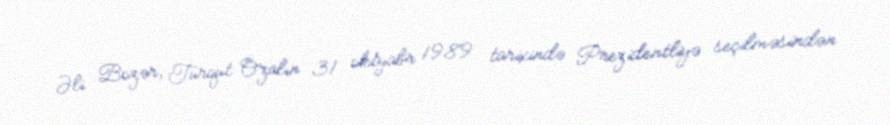
Əli Bozər, Turqut Özalın 31 oktyabr 1989 tarixində Prezidentliyə seçilməsindən